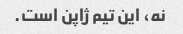
نه، این تیم ژاپن است.